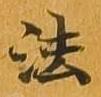
法